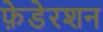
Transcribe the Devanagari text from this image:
फ़ेडेरशन